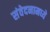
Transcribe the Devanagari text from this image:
संवेदनामध्ये